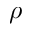
\rho